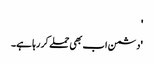
'
'دشمن اب بھی حملے کر رہا ہے۔